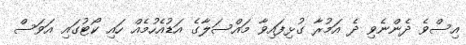
އިސްވެ ދެންނެވި ދެ އަމުރާ ގުޅިފައިވާ މައްސަލާގެ އަޑުއެހުމެއް ހައި ކޯޓުގައި އަވަސް